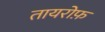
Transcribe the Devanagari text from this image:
तायरोफ़